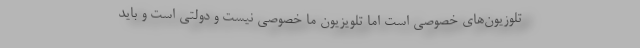
تلوزیون‌های خصوصی است اما تلویزیون ما خصوصی نیست و دولتی است و باید